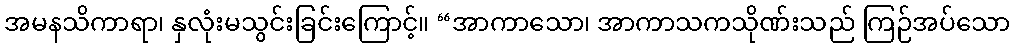
အမနသိကာရာ၊ နှလုံးမသွင်းခြင်းကြောင့်။ “အာကာသော၊ အာကာသကသိုဏ်းသည် ကြဉ်အပ်သော